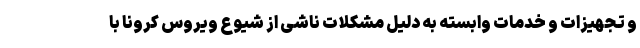
و تجهیزات و خدمات وابسته به دلیل مشکلات ناشی از شیوع ویروس کرونا با